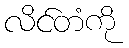
လိင်တံကို